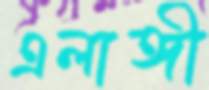
এলাঙ্গী